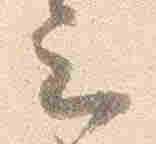
云